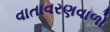
વાતાવરણવાળો